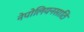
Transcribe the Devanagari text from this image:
नेपोलियनसाठि